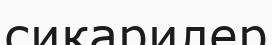
сикарилер